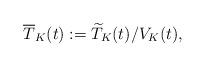
LaTeX: \begin{align*}\overline{T}_K(t):=\widetilde T_K(t)/V_K(t),\end{align*}